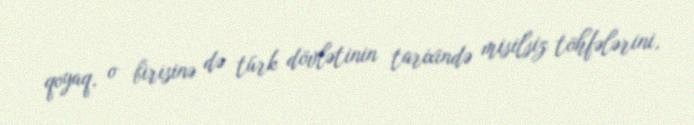
qoyaq, o birisinə də türk dövlətinin tarixində misilsiz töhfələrini,